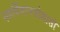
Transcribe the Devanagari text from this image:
महर्षिमानसोल्लासो